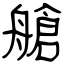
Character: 艙